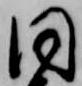
同